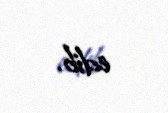
edib.